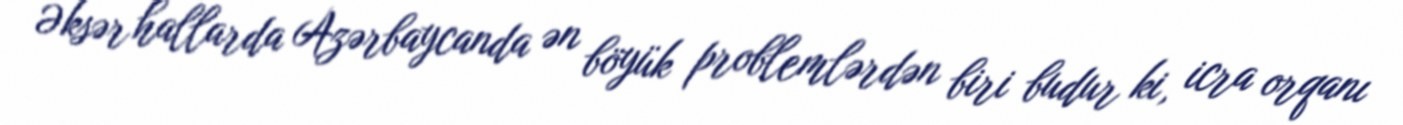
Əksər hallarda Azərbaycanda ən böyük problemlərdən biri budur ki, icra orqanı